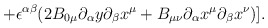
\begin{align*}\hspace{20mm} +\epsilon^{\alpha \beta}(2B_{0 \mu}{\partial_\alpha}{y}{\partial_\beta}{x^\mu}+B_{\mu \nu}{\partial_\alpha}{x^\mu}{\partial_\beta}{x^\nu})].\end{align*}